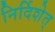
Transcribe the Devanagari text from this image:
निर्दिशेत्